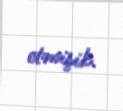
etmişik.